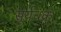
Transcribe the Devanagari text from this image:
सूर्यचक्र